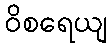
ဝိစရေယျ